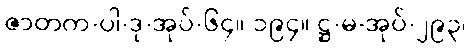
ဇာတက-ပါ-ဒု-အုပ်-၆၄။ ၁၉၄။ ဋ္ဌ-မ-အုပ်-၂၉၃၊